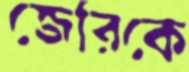
জেরিকে